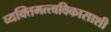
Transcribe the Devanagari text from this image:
व्यक्तिमत्त्वविकासाशी